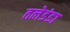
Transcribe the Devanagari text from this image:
तलेडंडा